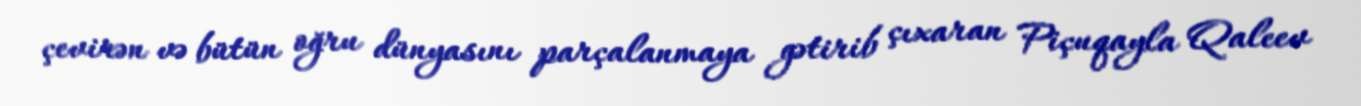
çevirən və bütün oğru dünyasını parçalanmaya gətirib çıxaran Piçuqayla Qaleev